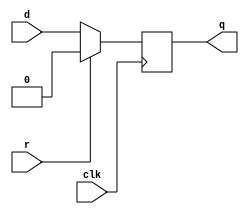
// Not mine, belongs to Stanford EE108

// dffr: D flip-flop with active high synchronous reset
// Parametrized width; default of 1
module dffr #(parameter WIDTH = 1) (
    input clk,
    input r,
    input [WIDTH-1:0] d,
    output reg [WIDTH-1:0] q
);

    always @ (posedge clk) 
        if (r) 
            q <= {WIDTH{1'b0}};
        else
            q <= d;

endmodule